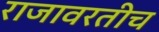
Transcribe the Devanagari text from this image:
राजावरतीच